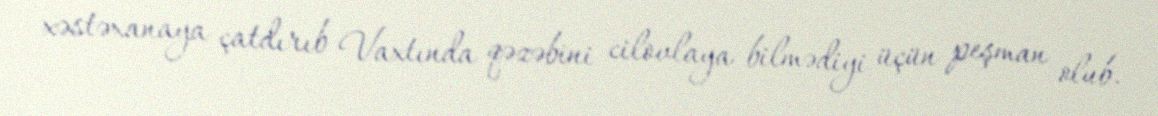
xəstəxanaya çatdırıb Vaxtında qəzəbini cilovlaya bilmədiyi üçün peşman olub.